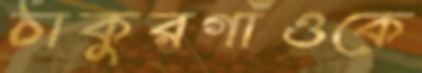
ঠাকুরগাঁওকে